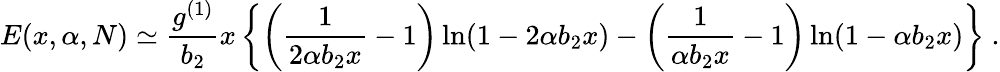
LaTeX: E(x,\alpha,N)\simeq{\frac{g^{(1)}}{b_{2}}}x\left\{ \left({\frac{1}{2\alpha b_{2}x}}-1\right)\ln(1-2\alpha b_{2}x)-\left({\frac{1}{\alpha b_{2}x}}-1\right)\ln(1-\alpha b_{2}x)\right\} \ .